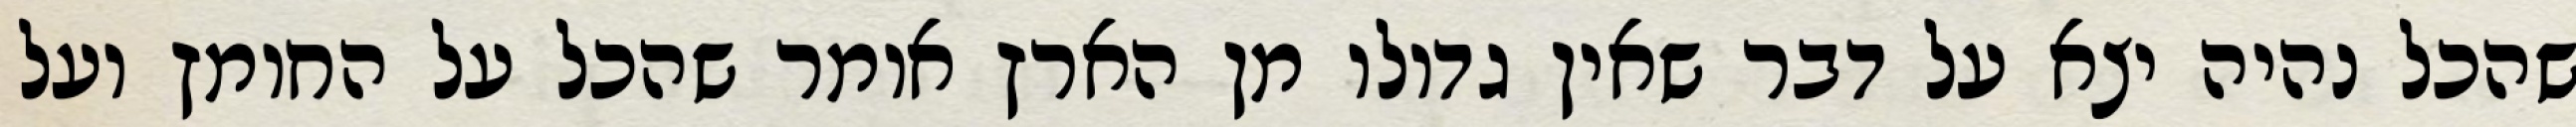
שהכל נהיה יצא על דבר שאין גדולו מן הארץ אומר שהכל על החומץ ועל